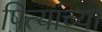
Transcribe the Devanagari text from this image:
पित्यांच्या